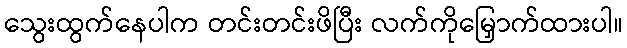
သွေးထွက်နေပါက တင်းတင်းဖိပြီး လက်ကိုမြှောက်ထားပါ။